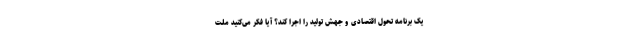
یک برنامه تحول اقتصادی و جهش تولید را اجرا کند؟ آیا فکر می‌کنید ملت